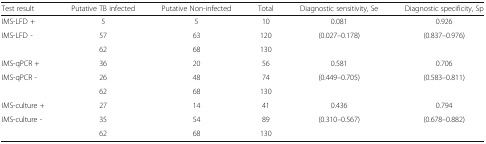
<table><thead><tr><td><b>Test result</b></td><td><b>Putative TB infected</b></td><td><b>Putative Non-infected</b></td><td><b>Total</b></td><td><b>Diagnostic sensitivity, Se</b></td><td><b>Diagnostic specificity, Sp</b></td></tr></thead><tbody><tr><td>IMS-LFD +</td><td>5</td><td>5</td><td>10</td><td>0.081</td><td>0.926</td></tr><tr><td>IMS-LFD -</td><td>57</td><td>63</td><td>120</td><td>(0.027–0.178)</td><td>(0.837–0.976)</td></tr><tr><td></td><td>62</td><td>68</td><td>130</td><td></td><td></td></tr><tr><td>IMS-qPCR +</td><td>36</td><td>20</td><td>56</td><td>0.581</td><td>0.706</td></tr><tr><td>IMS-qPCR -</td><td>26</td><td>48</td><td>74</td><td>(0.449–0.705)</td><td>(0.583–0.811)</td></tr><tr><td></td><td>62</td><td>68</td><td>130</td><td></td><td></td></tr><tr><td>IMS-culture +</td><td>27</td><td>14</td><td>41</td><td>0.436</td><td>0.794</td></tr><tr><td>IMS-culture -</td><td>35</td><td>54</td><td>89</td><td>(0.310–0.567)</td><td>(0.678–0.882)</td></tr><tr><td></td><td>62</td><td>68</td><td>130</td><td></td><td></td></tr></tbody></table>